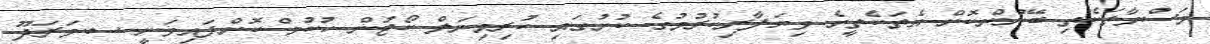
މަސްުވާތަކެތި ބޭނުންކޮށް އެތަކެތީގެ ވިޔަފާރިކުރުމުގެ ކުށުގައި ކުރިމިނަލް ކޯޓުން ހުކުމް ކޮށްފައިވަނީ ސ.މަރަދޫ